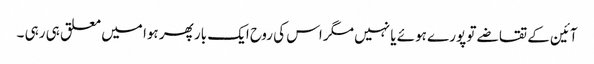
آئین کے تقاضے تو پورے ہوئے یا نہیں مگر اس کی روح ایک بار پھر ہوا میں معلق ہی رہی ۔